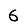
Digit: 6